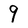
Character: 9